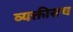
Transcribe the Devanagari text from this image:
व्यक्तीसच